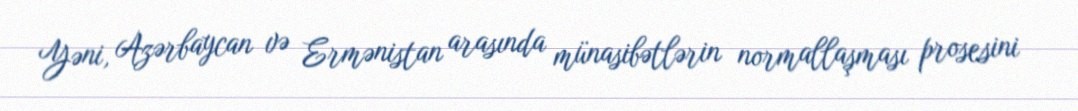
Yəni, Azərbaycan və Ermənistan arasında münasibətlərin normallaşması prosesini